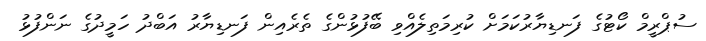
ސުޕްރީމް ކޯޓުގެ ފަނޑިޔާރުކަމަށް ކުރިމަތިލެއްވި ބޭފުޅުންގެ ތެރެއިން ފަނޑިޔާރު އަބްދު ހަމީދުގެ ނަންފުޅު